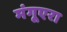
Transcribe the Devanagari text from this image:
मंगूएरा